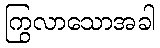
ကြွလာသောအခါ